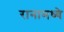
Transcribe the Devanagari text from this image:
रानामध्ये